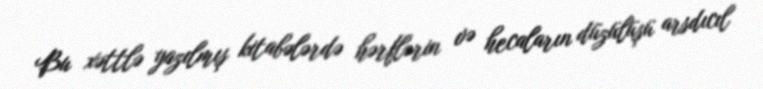
Bu xəttlə yazılmış kitabələrdə hərflərin və hecaların düzülüşü arsdıcıl